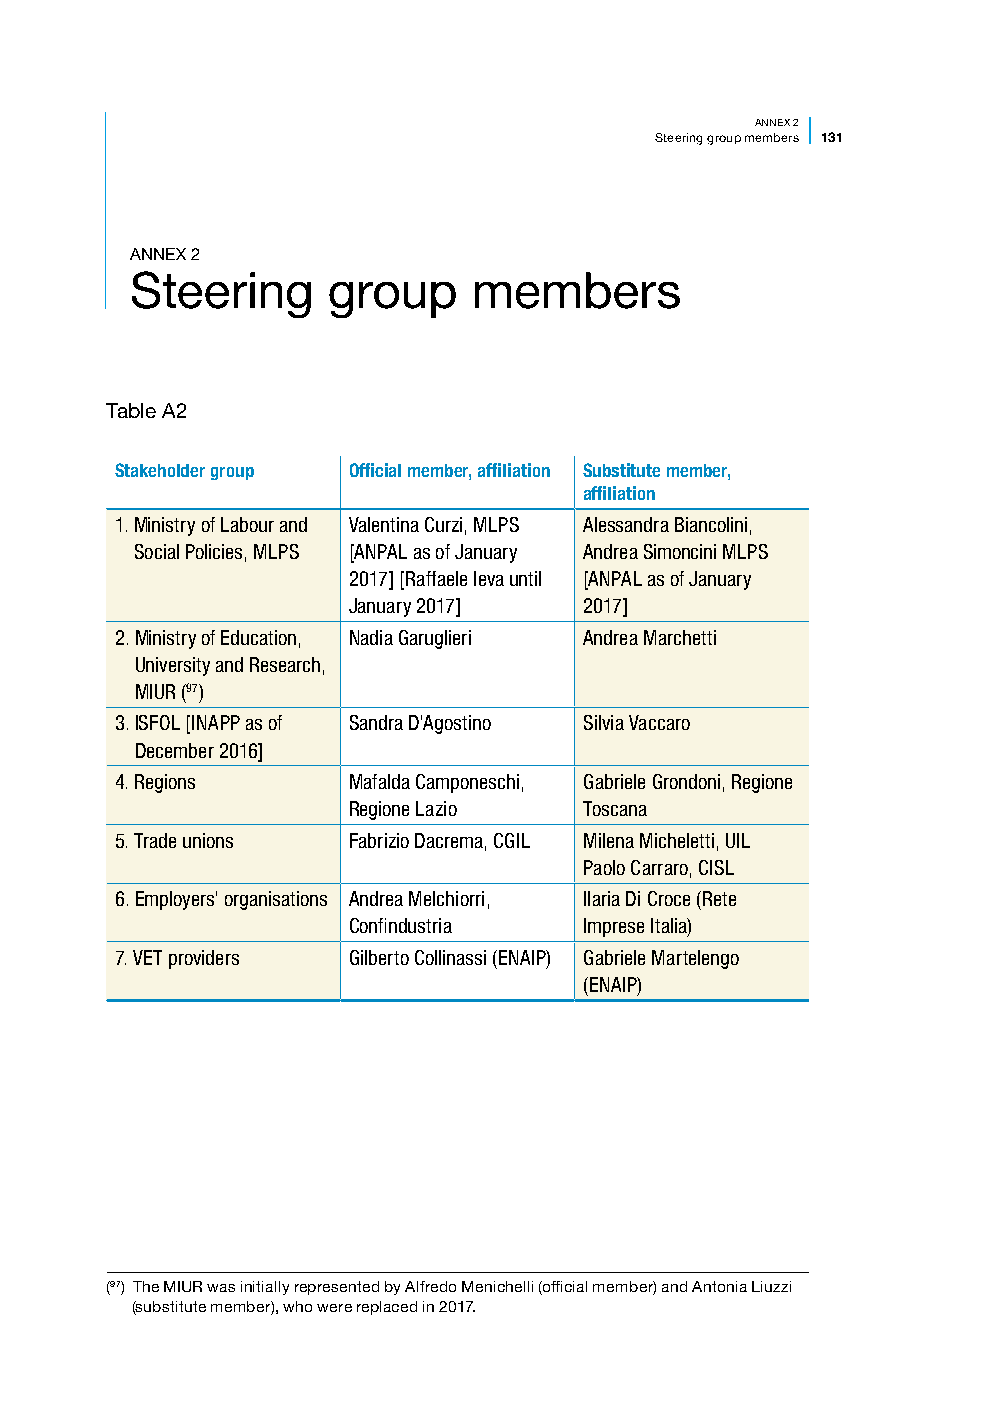
ANNEX 2
 Steering group members 131
 ANNEX 2
 Steering     group    members
 Table A2
 Stakeholder group Official member, affiliation Substitute member,
 affiliation
 1. Ministry of Labour and Valentina Curzi, MLPS Alessandra Biancolini,
 Social Policies, MLPS [ANPAL as of January Andrea Simoncini MLPS
 2017] [Raffaele Ieva until [ANPAL as of January
 January 2017]   2017]
 2. M inistry of Education, Nadia Garuglieri Andrea Marchetti
 University and Research,
 MIUR (97)
 3. ISFOL [INAPP as of Sandra D’Agostino Silvia Vaccaro
 December 2016]
 4. Regions     Mafalda Camponeschi, Gabriele Grondoni, Regione
 Regione Lazio   Toscana
 5. Trade unions Fabrizio Dacrema, CGIL Milena Micheletti, UIL
 Paolo Carraro, CISL
 6. E mployers’ organisations Andrea Melchiorri, Ilaria Di Croce (Rete
 Confindustria   Imprese Italia)
 7. VET providers Gilberto Collinassi (ENAIP) Gabriele Martelengo
 (ENAIP)
 (97) The MIUR was initially represented by Alfredo Menichelli (official member) and Antonia Liuzzi
 (substitute member), who were replaced in 2017.